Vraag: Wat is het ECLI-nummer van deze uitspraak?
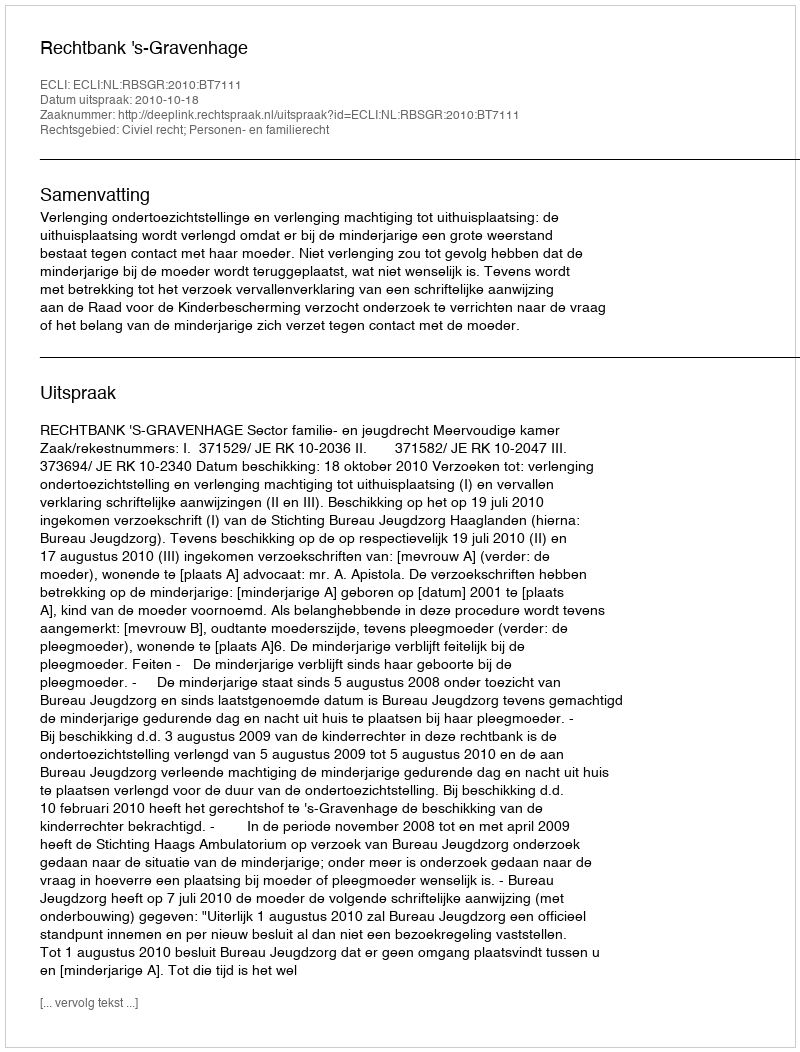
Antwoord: ECLI:NL:RBSGR:2010:BT7111